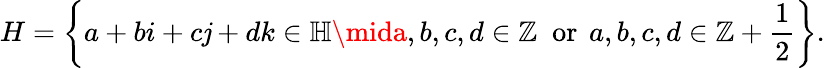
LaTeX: H=\left\{ a+bi+c\mathit{j}+dk\in\mathbb{{H}}\mida,b,c,d\in\mathbb{{Z}}\; {\mathrm{{~or~}}}\, a,b,c,d\in\mathbb{{Z}}+{\frac{{1}}{{2}}}\right\} .